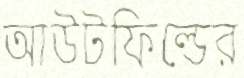
আউটফিল্ডের